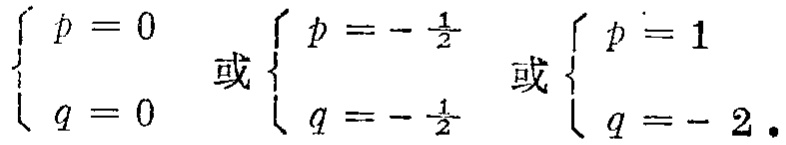
$\begin{cases} p = 0 \\ q = 0 \end{cases} \text{ 或 } \begin{cases} p = -\frac{1}{2} \\ q = -\frac{1}{2} \end{cases} \text{ 或 } \begin{cases} p = 1 \\ q = - 2 \end{cases}.$